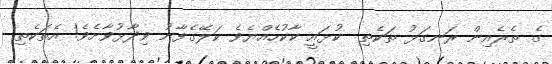
ގެ ތެރެއިން ރަނގަޅު ތަކެތި  ކުޅައީ ކާކުހެއްޔެވެ ކަލޭގެފާނު ވިދާޅުވާށެވެ! އެތަކެތި